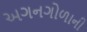
અગનગોળાની